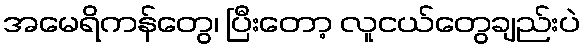
အမေရိကန်တွေ၊ ပြီးတော့ လူငယ်တွေချည်းပဲ